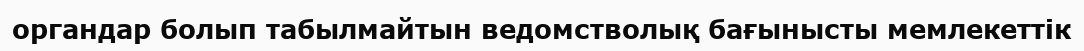
органдар болып табылмайтын ведомстволық бағынысты мемлекеттік